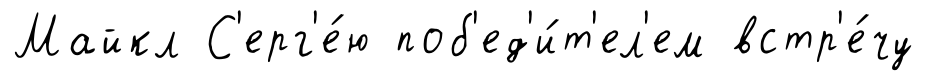
Майкл С'ерг'е́ю поб'ед'и́т'ел'ем встр'е́чу